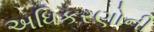
અધિકરણોની